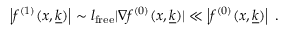
\left| f ^ { ( 1 ) } ( x , \underline { { { k } } } ) \right| \sim l _ { \mathrm { f r e e } } | \nabla f ^ { ( 0 ) } ( x , \underline { { { k } } } ) | \ll \left| f ^ { ( 0 ) } ( x , \underline { { { k } } } ) \right| \; .